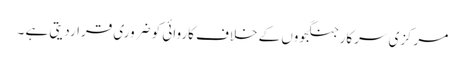
مرکزی سرکار جنگجووں کے خلاف کاروائی کو ضروری قراردیتی ہے ۔